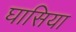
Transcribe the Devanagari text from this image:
घासिया